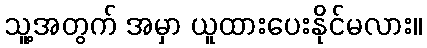
သူ့အတွက် အမှာ ယူထားပေးနိုင်မလား။